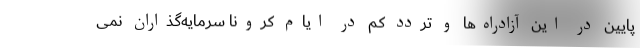
پایین در این آزادراه‌ها و تردد کم در ایام کرونا سرمایه‌گذاران نمی